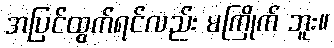
အပြင်ထွက်ရင်လည်း မကြိုက် ဘူး။